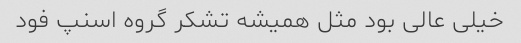
خیلی عالی بود مثل همیشه تشکر گروه اسنپ فود